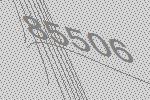
85506